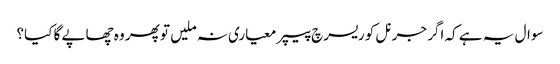
سوال یہ ہے کہ اگر جرنل کو ریسرچ پیپر معیاری نہ ملیں تو پھر وہ چھاپے گا کیا؟